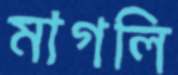
মাগলি